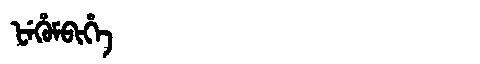
Manchu: ᡶᡝᡥᡠᠮᠪᡳᡥᡝ
Romanization: FEHUMBIHE